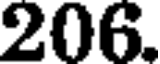
206.